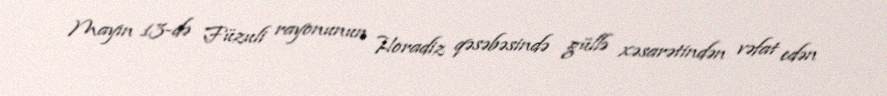
Mayın 13-də Füzuli rayonunun Horadiz qəsəbəsində güllə xəsarətindən vəfat edən